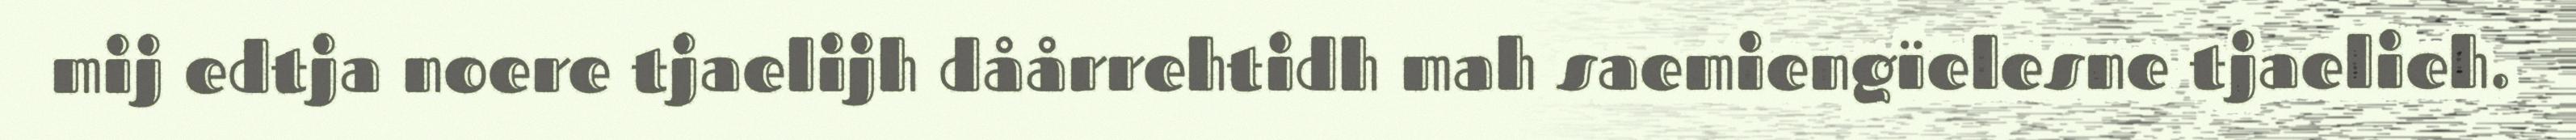
mij edtja noere tjaelijh dåårrehtidh mah saemiengïelesne tjaelieh.